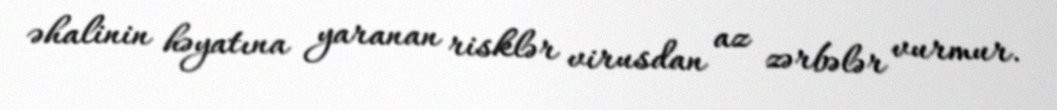
əhalinin həyatına yaranan risklər virusdan az zərbələr vurmur.